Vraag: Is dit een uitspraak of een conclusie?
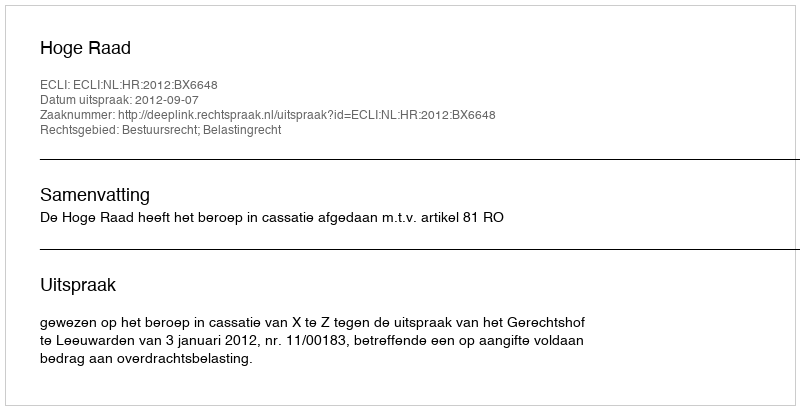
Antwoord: Uitspraak